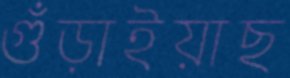
গুঁড়াইয়াছ